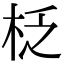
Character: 柉